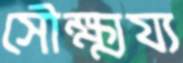
সৌক্ষ্ময্য